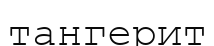
тангерит